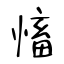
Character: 慉